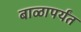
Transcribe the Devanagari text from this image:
बाळापर्यंत